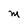
Character: M